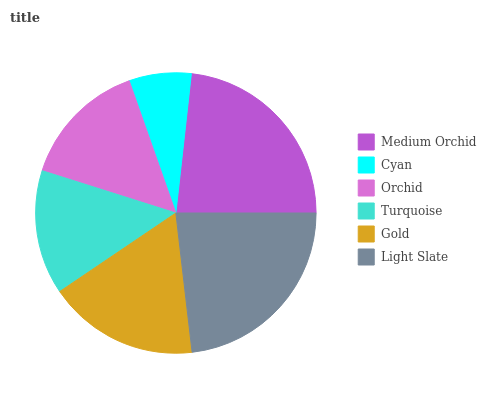
| Medium Orchid | Cyan | Orchid | Turquoise | Gold | Light Slate |
 | --- | --- | --- | --- | --- | --- |
 | 23.3% | 7.17% | 14.7% | 14.4% | 17.4% | 23.1% |